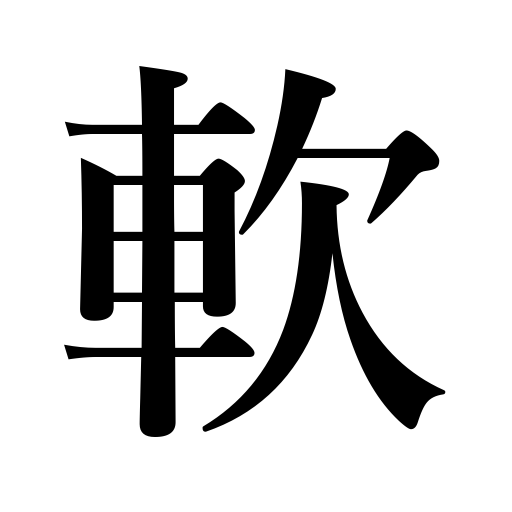
Meanings: soft